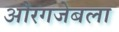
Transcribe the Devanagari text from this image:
औरंगजेबला